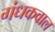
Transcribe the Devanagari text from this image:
गंधकवाल